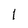
Character: l